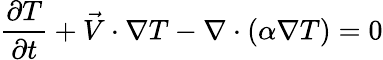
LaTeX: \frac{\partial T}{\partial t}+\vec{V}\cdot\nabla T-\nabla\cdot(\alpha\nabla T)=0